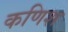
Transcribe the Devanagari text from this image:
कणिश